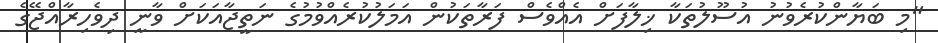
"މި ބަޔާންކުރެވުނު އުސޫލުތަކާ ޚިލާފަށް އެއްވެސް ފަރާތަކުން އަމަލުކުރެއްވުމުގެ ނަތީޖާއަކަށް ވާނީ ދިވެހިރާއްޖޭގެ